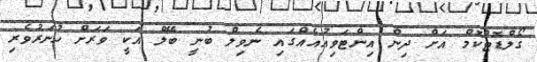
ގޯލްޑޮޓްކޮމް އަށް ދިން އިންޓަވިއުއެއްގައި ނެވިލް ބުނީ ބޭލް އަކީ ވަރަށް ހުނަރުވެރި